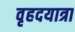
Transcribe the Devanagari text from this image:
वृहदयात्रा